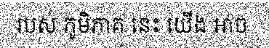
របស់ ភូមិភាគ នេះ យើង អាច